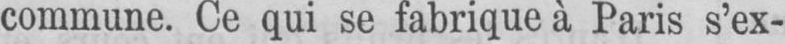
commune. Ce qui se fabrique à Paris s’ex-